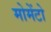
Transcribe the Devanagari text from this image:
मोमेंटो